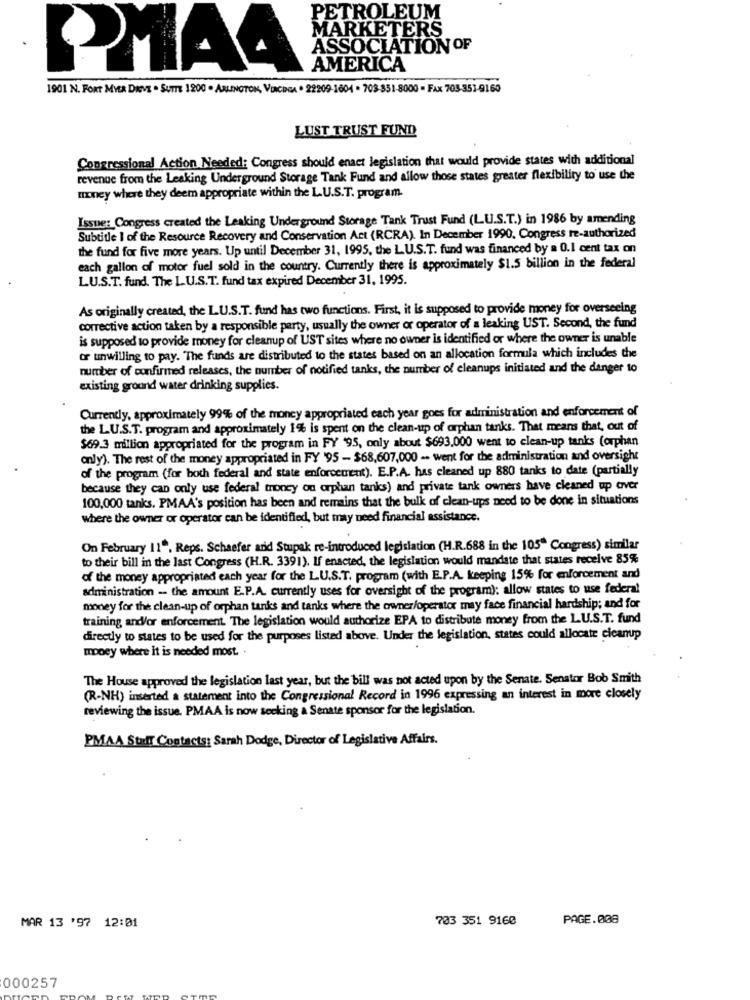
PETROLEUM
MARKETERS
ASSOCIATION OF
PMAA
AMERICA
1901 N. FORT MYER DIEVE . SUITE 1200 . ARLINGTON, VINCDGA . 22209-1604 - 703-351-8000 - FAX 703-351-9160
LUST TRUST FUND
Congressional Action Needed: Congress should enact legislation that would provide states with additional
revenue from the Leaking Underground Storage Tank Fund and allow those states greater flexibility to use the
money where they deem appropriate within the L.U.S.T. program.
Issue: Congress created the Leaking Underground Storage Tank Trust Fund (L.U.S.T.) in 1986 by amending
Subtitle I of the Resource Recovery and Conservation Act (RCRA). In December 1990. Congress re-authorized
the fund for five more years. Up until December 31, 1995, the L.U.S.T. fund was financed by a 0.1 cent tax on
each gallon of motor fuel sold in the country. Currently there is approximately $1.5 billion in the federal
L.U.S.T. fund. The L.U.S.T. fund tax expired December 31, 1995.
As originally created, the L.U.S.T. fund has two functions. First, it is supposed to provide money for overseeing
corrective action taken by a responsible party, usually the owner or operator of a leaking UST. Second, the fund
is supposed to provide money for cleanup of UST sites where no owner is identified or where the owner is unable
or unwilling to pay. "The funds are distributed to the states based on an allocation formula which includes the
number of confirmed releases, the number of notified tanks, the number of cleanups initiated and the danger to
existing ground water drinking supplies.
Currently, approximately 99% of the money appropriated each year goes for administration and enforcement of
the L.U.S.T. program and approximately 1% is spent on the clean-up of orphan tanks. That means that, out of
$69.3 million appropriated for the program in FY '95, only about $693.000 went to clean-up tanks (orphan
only). The rest of the money appropriated in FY '95 - $68,607,000 -- went for the administration and oversight
of the program (for both federal and state enforcement). E.P.A. has cleaned up 880 tanks to date (partially
because they can only use federal troncy ou orphan tanks) and private tank owners have cleaned up aver
100,000 tanks. PMAA's position has been and remains that the bulk of clean-ups need to be done in situations
where the owner or operator can be identified, but may need financial assistance.
On February 11", Reps. Schaefer and Stupak re-introduced legislation (H.R.688 in the 105" Congress) similar
to their bill in the last Congress (H.R. 3391). If enacted, the legislation would mandate that states receive 85%
of the money appropriated each year for the L.U.S.T. program (with E.P.A. keeping 15% for enforcement and
administration - the amount E.P.A. currently uses for oversight of the program): allow states to use federal
money for the clean-up of orphan tanks and tanks where the owner/operator may face financial hardship; and for
training and/or enforcement. The legislation would authorize EPA to distribute money from the L.U.S.T. fund
directly to states to be used for the purposes listed above. Under the legislation, states could allocate cicanup
money where it is needed most. .
The House approved the legislation last year, but the bill was not acted upon by the Senate. Senator Bob Smith
(R-NH) inserted a statement into the Congressional Record in 1996 expressing an interest in more closely
reviewing the issue. PMAA is now seeking & Senate sponsor for the legislation.
PMAA Staff Contacts: Sarah Dodge, Director of Legislative Affairs.
703 351 9160
PAGE.008
MAR 13 '97 12:01
000257